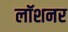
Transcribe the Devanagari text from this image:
लॉशनर